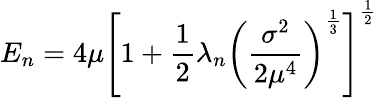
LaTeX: E_{n}=4\mu{\left[1+\frac{1}{2}\lambda_{n}{\left(\frac{\sigma^{2}}{2\mu^{4}}\right)}^{\frac{1}{3}}\right]}^{\frac{1}{2}}